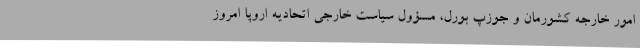
امور خارجه کشورمان و جوزپ بورل، مسؤول سیاست خارجی اتحادیه اروپا امروز